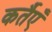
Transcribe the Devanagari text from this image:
कर्तैएँ